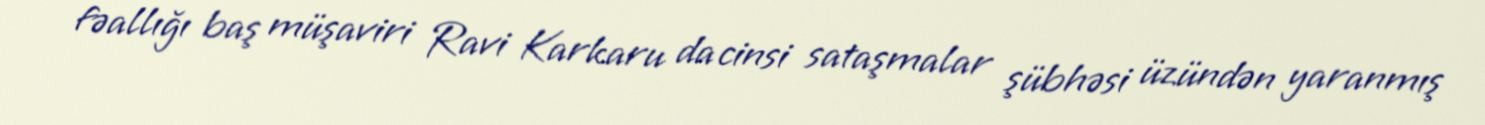
fəallığı baş müşaviri Ravi Karkaru da cinsi sataşmalar şübhəsi üzündən yaranmış